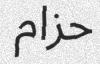
حزام